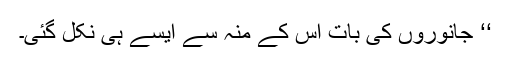
‘‘ جانوروں کی بات اس کے منہ سے ایسے ہی نکل گئی۔